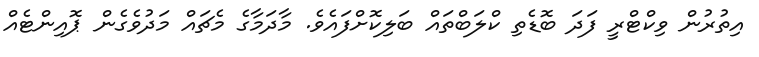
އިތުރުން ވިކްޓްރީ ފަދަ ބޮޑެތި ކްލަބްތައް ބަލިކޮށްފައެވެ. މާދަމާގެ މެޗައް މަދުވެގެން ޕޮއިންޓެއް